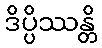
ဒိပ္ပိဿန္တိ